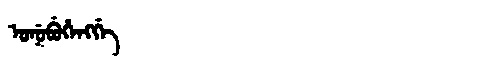
Manchu: ᡠᠨᡠᠪᡠᡥᡝᠩᡤᡝ
Romanization: UNUBUHENGGE